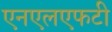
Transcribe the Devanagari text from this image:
एनएलएफटी